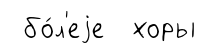
бо́л'еjе хоры